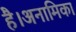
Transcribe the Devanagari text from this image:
है।अनामिका